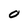
Character: O